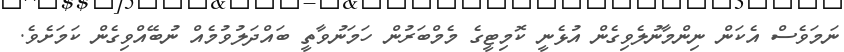
ނަމަވެސް އެކަން ނިންމާނުލެވިގެން އުޅެނީ ކޮމިޓީގެ މެމްބަރުން ހަމަނުވާތީ ބައްދަލުވުމެއް ނުބޭއްވިގެން ކަމަށެވެ.